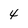
Character: 4